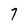
Character: 7